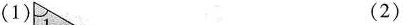
(1) (2)